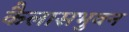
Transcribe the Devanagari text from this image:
कैलासभुवन